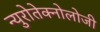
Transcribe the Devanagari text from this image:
न्युरोतेक्नोलोजी